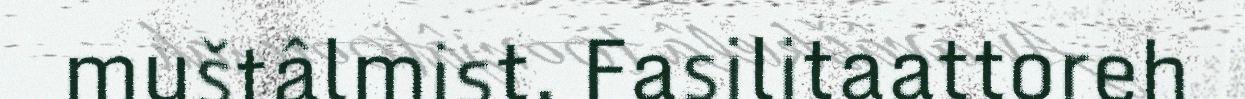
muštâlmist. Fasilitaattoreh